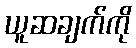
ယူဆချက်ကို